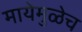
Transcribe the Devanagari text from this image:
मायेमुळेच